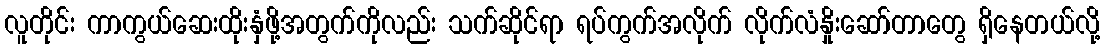
လူတိုင်း ကာကွယ်ဆေးထိုးနှံဖို့အတွက်ကိုလည်း သက်ဆိုင်ရာ ရပ်ကွက်အလိုက် လိုက်လံနှိုးဆော်တာတွေ ရှိနေတယ်လို့